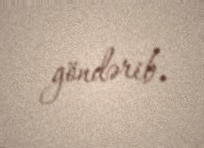
göndərib.